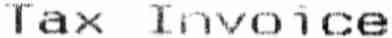
TAX INVOICE